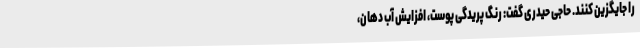
را جایگزین کنند. حاجی حیدری گفت: رنگ پریدگی پوست، افزایش آب دهان،